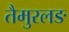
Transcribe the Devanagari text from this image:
तैमुरलङ